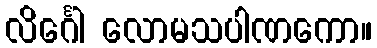
လိင်္ဂေါ လောမသပါဏကော။